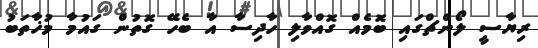
ރިޔާސީ ލޯންޗްގައި ބޮމެއް ގޮއްވާލި ހާދިސާ އާ ބެހޭ ގޮތުން ގައުމާ މުޚާތަބު